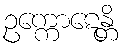
ဥက္ကောဋေန္တိ